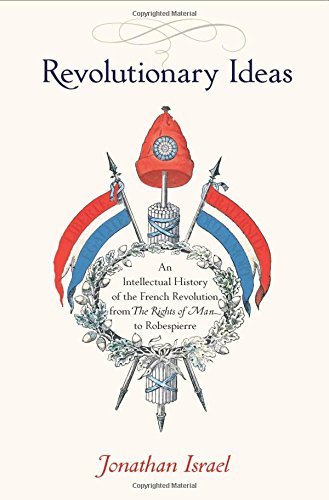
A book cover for Revolutionary Ideas: An Intellectual History of the French Revolution from The Rights of Man to Robespierre; Jonathan Israel; Politics & Social Sciences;